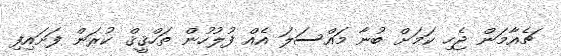
ޗެއާމަން ޖެހި ކަމަށް ބުނާ މައްސަލަ އެއް ފުލުހުން ތަހްޤީޤް ކުރަން ފަށައިފި